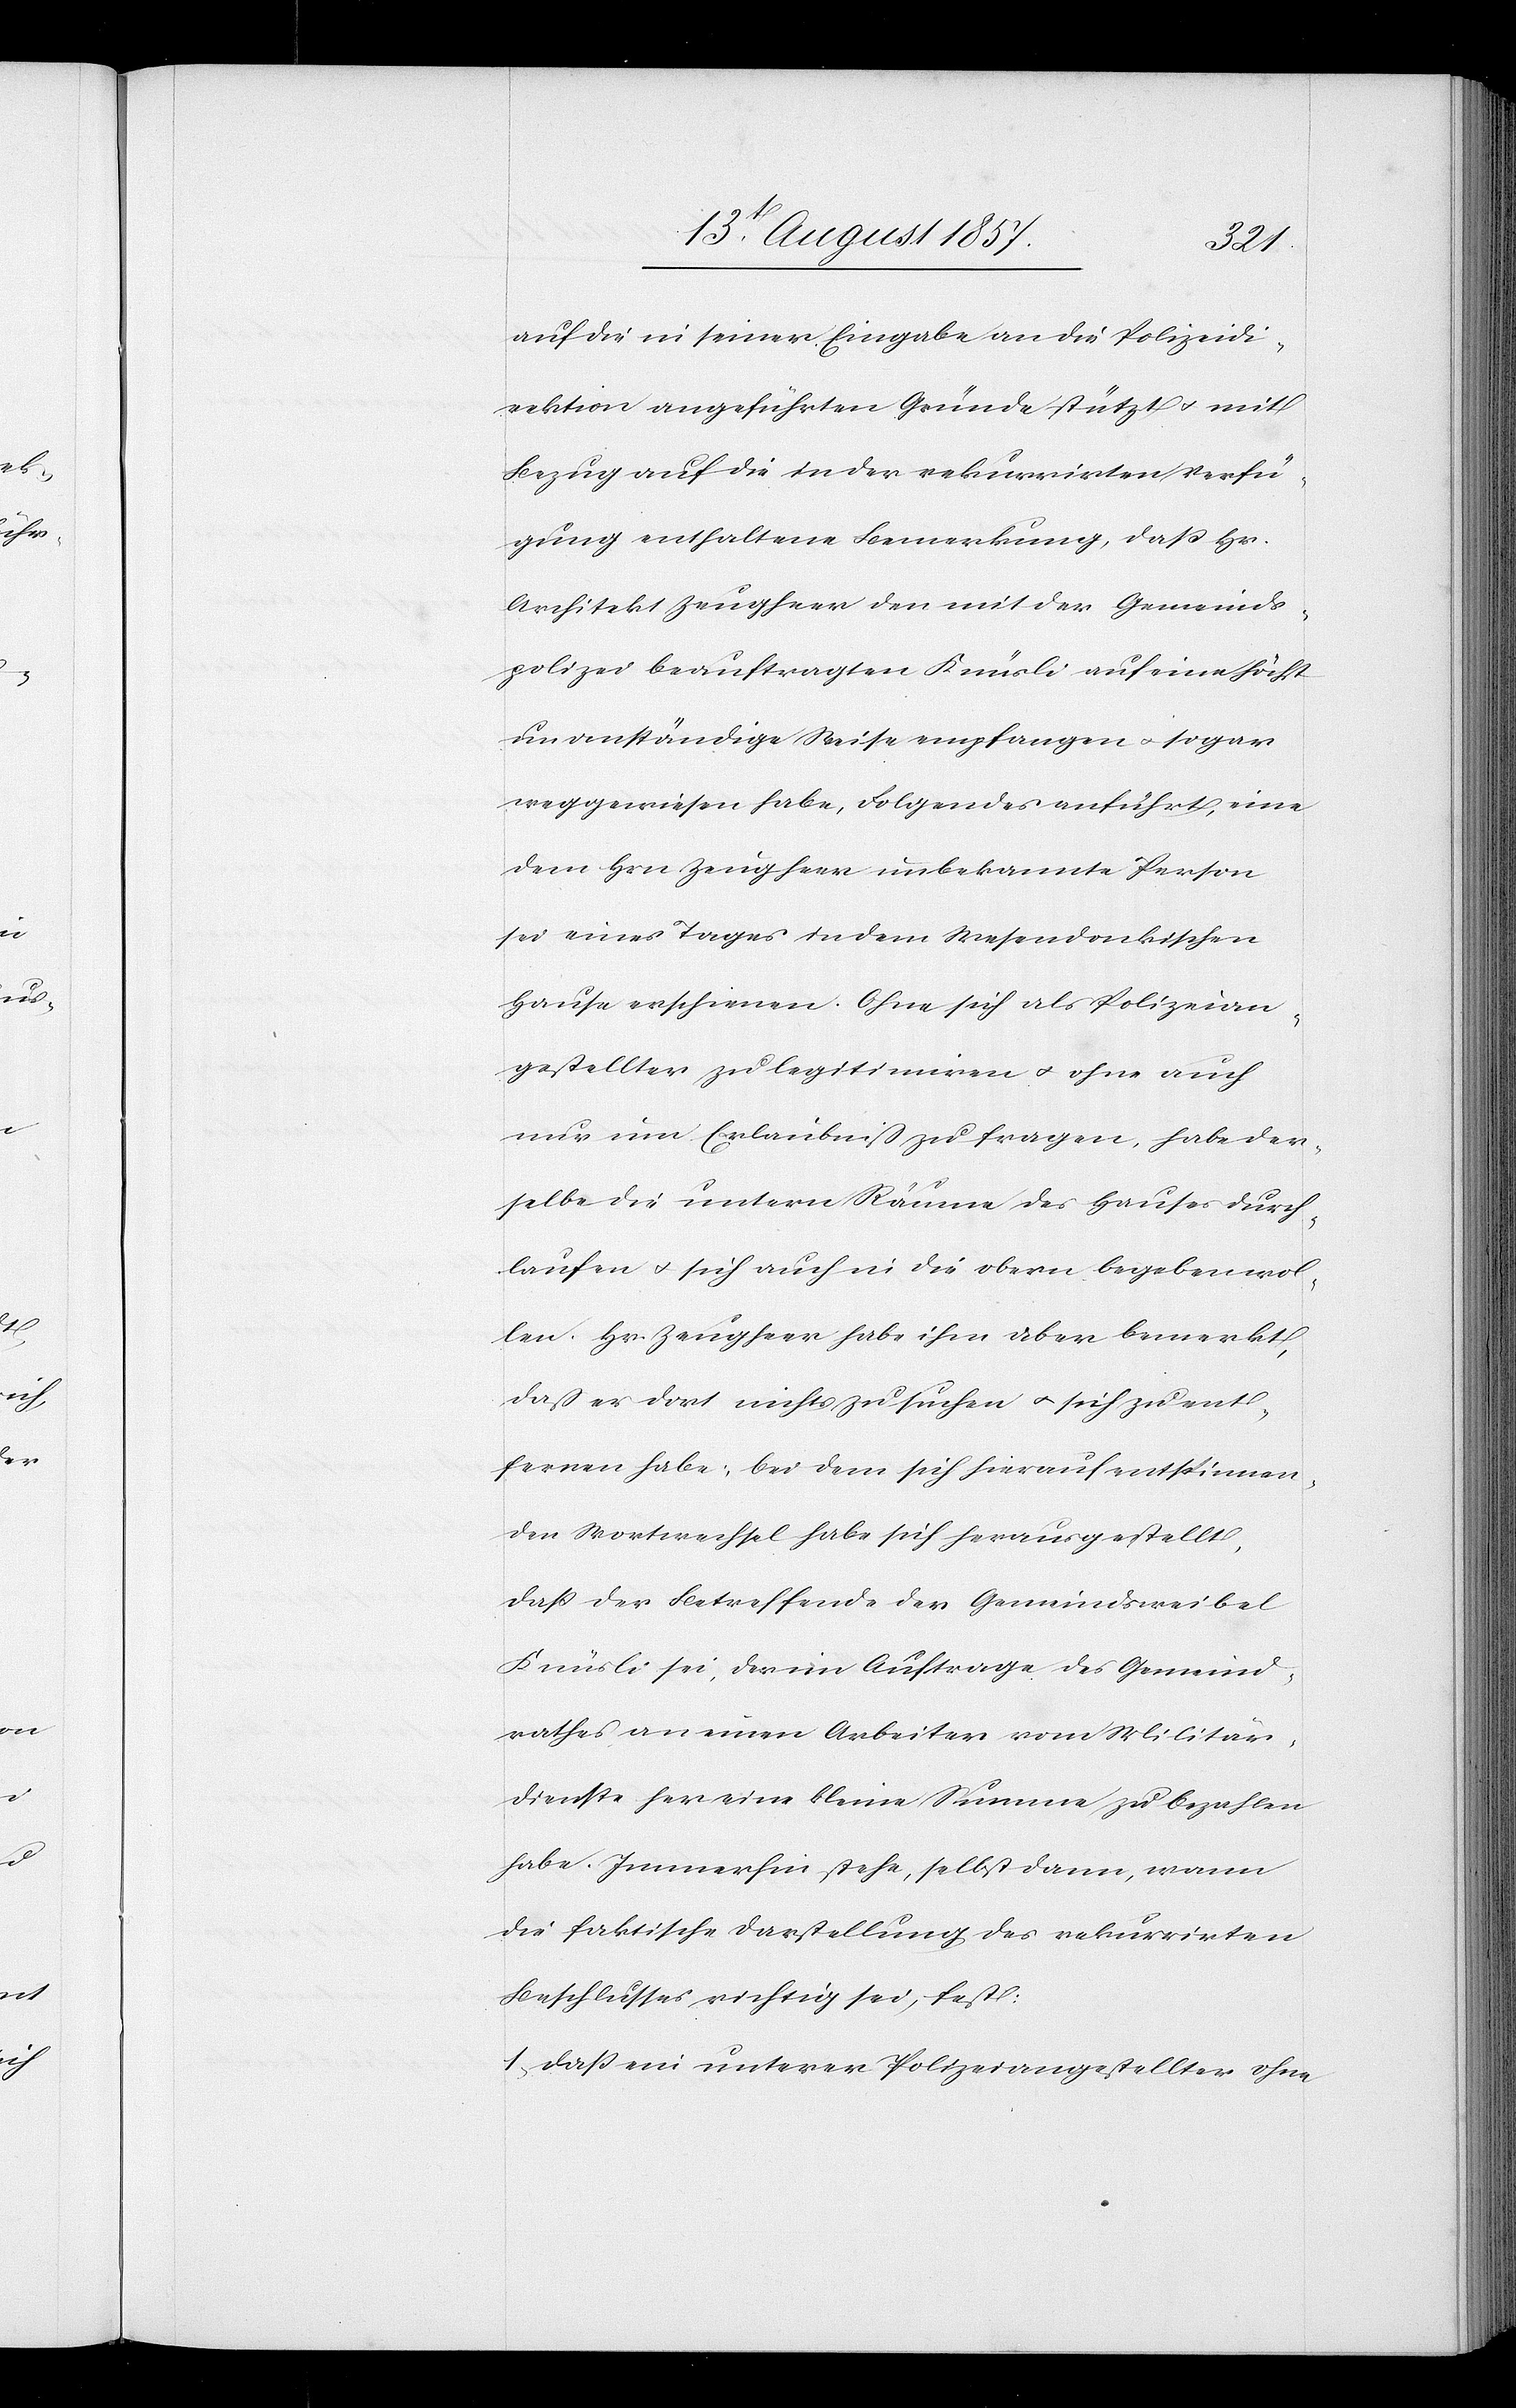
auf die in seiner Eingabe an die Polizeidi¬
rektion angeführten Gründe stützt & mit
Bezug auf die in der rekurrirten Verfü¬
gung enthaltene Bemerkung, daß Hr.
Architekt Zeugheer den mit der Gemeinds¬
polizei beauftragten Knüsli auf eine höchst
unanständige Weise empfangen & sogar
weggewiesen habe, Folgendes anführt; eine
dem Hrn. Zeugheer unbekannte Person
sei eines Tages in dem Wesendonkischen
Hause erschienen. Ohne sich als Polizeian¬
gestellter zu legitimiren & ohne auch
nur eine Erlaubniß zu fragen, habe der¬
selbe die untern Räume des Hauses durch¬
laufen & sich auch in die obern begeben wol¬
len. Hr. Zeugheer habe ihm aber bemerkt,
daß er dort nichts zu suchen & sich zu ent¬
fernen habe; bei dem sich hierauf entspinnen¬
den Wortwechsel habe sich herausgestellt,
daß der Betreffende der Gemeindeweibel
Knüsli sei, der im Auftrage des Gemeind¬
rathes an einen Arbeiter vom Militär¬
dienst her eine kleine Summe zu bezahlen
habe. Immerhin stehe, selbst dann, wann
die faktische Darstellung des rekurrirten
Beschlusses richtig sei, fest:
1. daß ein unterer Polizeiangestellter ohne